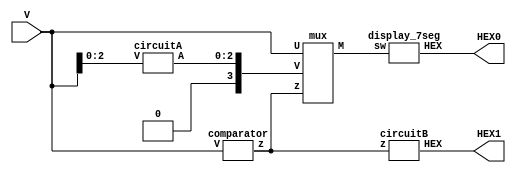
module L3part2(V,HEX0,HEX1);

	input[3:0] V;
	output [0:6] HEX0,HEX1;
	
	wire z;
	wire [3:0] A,M; //A is m if z = 1
	assign A[3] = 0; // when z = 1, A[3] is always 0
	
	comparator c (V, z); //determine z = 1 or z = 0
	circuitA a (V[2:0],A[2:0]); //if z = 1, determine M( = A)
	mux m (z,V,A,M); // if z = 1 : v = A, z = 0 : V = M
	circuitB b(z,HEX1);// if z = 1 : HEX1 shows 1, z = 0 : HEX1 shows 0
	display_7seg h0(M,HEX0); // HEX0 shows M
	
endmodule

module circuitA(V,A);

	input [2:0] V;
	output [2:0]A;
	
	assign A[0] = V[0];
	assign A[1] = ~V[1];
	assign A[2] = (V[1] & V[2]); 

endmodule

module comparator (V, z);

  input [3:0]V;
  output z;

  assign z = (V[3] & (V[2] | V[1]));
  
endmodule

module circuitB (z, HEX);

  input z;
  output [0:6] HEX;

  assign HEX = (z == 1'b0) ? 7'b1111111:7'b1001111;
  
endmodule

module mux(z,U,V,M);

 input z;
 input [3:0]U,V;
 output [3:0]M;
 
 assign M[0] = (z & V[0]) | (~z & U[0]);
 assign M[1] = (z & V[1]) | (~z & U[1]);
 assign M[2] = (z & V[2]) | (~z & U[2]);
 assign M[3] = (z & V[3]) | (~z & U[3]);

endmodule

module display_7seg(sw,HEX);

	input[3:0] sw;
	output [0:6]HEX;
	
	assign HEX = (sw == 4'b0000) ? 7'b0000001: //0
					 (sw == 4'b0001) ? 7'b1001111: //1
					 (sw == 4'b0010) ? 7'b0010010: //2
					 (sw == 4'b0011) ? 7'b0000110: //3
					 (sw == 4'b0100) ? 7'b1001100: //4
					 (sw == 4'b0101) ? 7'b0100100: //5
					 (sw == 4'b0110) ? 7'b0100000: //6
					 (sw == 4'b0111) ? 7'b0001101: //7
					 (sw == 4'b1000) ? 7'b0000000: //8
					 (sw == 4'b1001) ? 7'b0000100: //9
											 7'b1111111;
	
endmodule